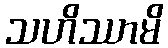
သဟိဿာမိ